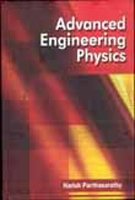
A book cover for Advanced Engineering Physics; Science & Math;